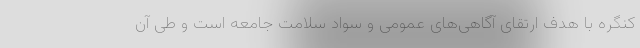
کنگره با هدف ارتقای آگاهی‌های عمومی و سواد سلامت جامعه است و طی آن